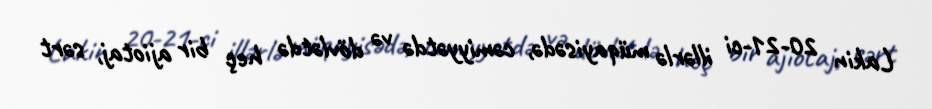
Lakin 20-21-ci illərlə müqayisədə, cəmiyyətdə və dövlətdə heç bir ajiotaj, sərt